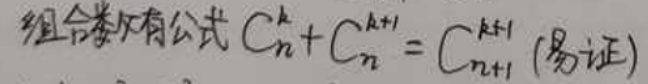
组合数有公式 \(C_{n}^{k}+C_{n}^{k + 1}=C_{n + 1}^{k + 1}\) (易证)